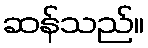
ဆန်သည်။